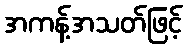
အကန့်အသတ်ဖြင့်